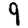
Digit: 9